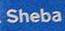
sheba